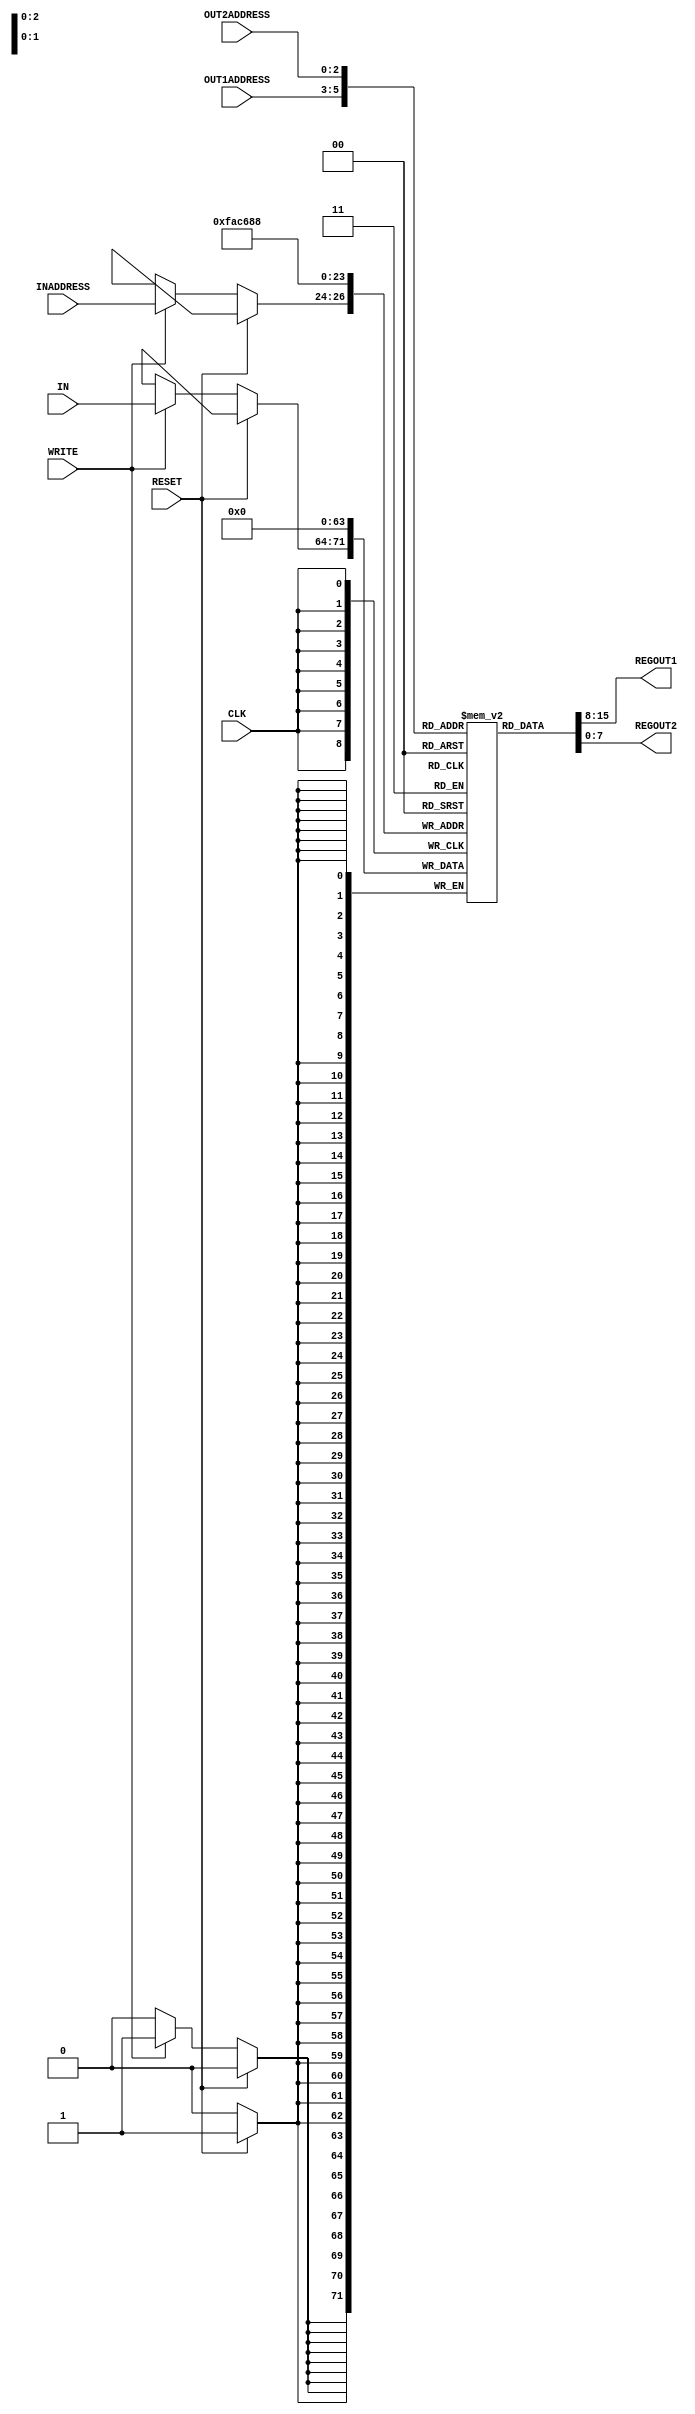
//lab 06 part 01 - Group 13
`timescale 1ns/100ps

module regfile(

    input [7:0] IN,   // 8-bit input data to be written into the register
    input [2:0] INADDRESS, OUT1ADDRESS, OUT2ADDRESS,    // 3-bit input addresses for IN, OUT1, and OUT2
    input CLK, RESET, WRITE,   // Clock signal, Reset signal, Write enable signal

    output [7:0] REGOUT1, REGOUT2  // Output data from registers specified by OUT1ADDRESS and OUT2ADDRESS
);

    reg [7:0] regArray [0:7];   // 8-element array of 8-bit registers

    integer i;  // Loop variable for iterating through the array of registers

    // Reading the OUTADDRESSES and asynchronously loading values to OUT1 and OUT2 with a delay of 2 time units
	assign #2 REGOUT1 = regArray[OUT1ADDRESS];		
	assign #2 REGOUT2 = regArray[OUT2ADDRESS];		
	
	// Write and Reset (synchronous operations)
	always @ (posedge CLK)
	begin        
        // When RESET is high, clear all values of the registers to zero
		if (RESET)  
		begin
		    #1 for (i = 0; i < 8; i = i + 1)    // Iterate over all 8 register addresses with a delay of 1 time unit
			begin
				regArray[i] <= 8'b00000000;    // Reset all registers to zero
			end
		end
		
		// If the WRITE signal is high, store the input data IN into the target register specified by INADDRESS
		else if (WRITE)			
		begin		
			#1
			regArray[INADDRESS] <= IN;    // Write operation with a delay of 1 time unit
			
		end
		
	end

	/* START DEBUGGING CODE*/ 
	initial 
	begin
// monitor changes in reg file content and print (used to check whether the CPU is running properly)
	#5;
	$display("\n\t\t\t==============");
	$display("\t\t\t Change of Register Content Starting from Time #5");
	$display ("\t\t\t=================================================/n");
	$display("\t\ttime\treg0\treg1\treg2\treg3\treg4\treg5\treg6\treg7");
	$display("\t\t---------------------------------------------------------------------");
	$monitor ($time, "\t%d\t%d\t%d\t%d\t%d\t%d\t%d\t%d", regArray[0], regArray[1], regArray[2], regArray[3], regArray[4], regArray[5], regArray[6], regArray[7]);
	end

initial
begin $dumpfile("cpu_wavedata.vcd");
for (i=0;i<8;i++)
	$dumpvars (1, regArray[i]);

end
	
endmodule